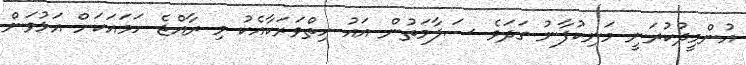
އުންމީދުކުރަނީ މަނިކުފާނު ގަދަވެ ސަލާމަތުން އައު ހިތްވަރަކާއެކު މި ރާއްޖެ ހަމައަކަށް އަޅުވަން